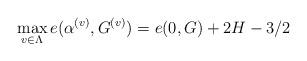
LaTeX: \begin{align*} \max_{v\in\Lambda} e(\alpha^{(v)}, G^{(v)})=e(0, G)+2H-3/2\end{align*}